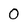
Character: 0